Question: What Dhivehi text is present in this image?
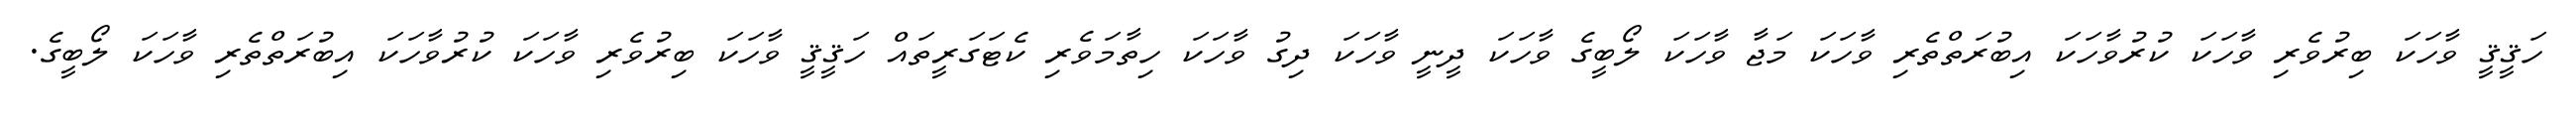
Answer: ހަޤީޤީ ވާހަކަ ބިރުވެރި ވާހަކަ ކުރުވާހަކަ އިބުރަތްތެރި ވާހަކަ މަޖާ ވާހަކަ ލޯބީގެ ވާހަކަ ދީނީ ވާހަކަ ދިގު ވާހަކަ ހިތާމަވެރި ކެޓަގަރީތައް ހަޤީޤީ ވާހަކަ ބިރުވެރި ވާހަކަ ކުރުވާހަކަ އިބުރަތްތެރި ވާހަކަ ލޯބީގެ.